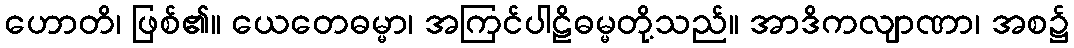
ဟောတိ၊ ဖြစ်၏။ ယေတေဓမ္မာ၊ အကြင်ပါဠိဓမ္မတို့သည်။ အာဒိကလျာဏာ၊ အစ၌